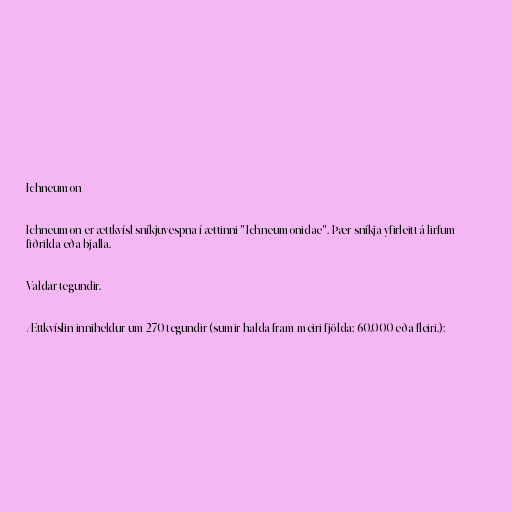
Ichneumon

Ichneumon er ættkvísl sníkjuvespna í ættinni "Ichneumonidae". Þær sníkja yfirleitt á lirfum
fiðrilda eða bjalla.

Valdar tegundir.

Ættkvíslin inniheldur um 270 tegundir (sumir halda fram meiri fjölda: 60.000 eða fleiri.):